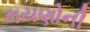
લયણોની